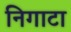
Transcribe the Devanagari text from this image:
निगाटा